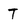
Character: T